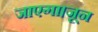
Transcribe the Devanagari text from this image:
जाएगा।जून